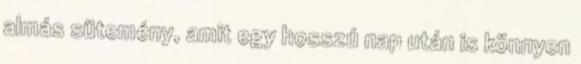
almás sütemény, amit egy hosszú nap után is könnyen